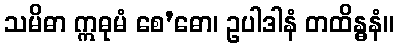
သမိဓာ ဣဓုမံ စေ’ဓော၊ ဥပါဒါနံ တထိန္ဓနံ။